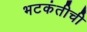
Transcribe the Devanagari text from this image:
भटकंतीची